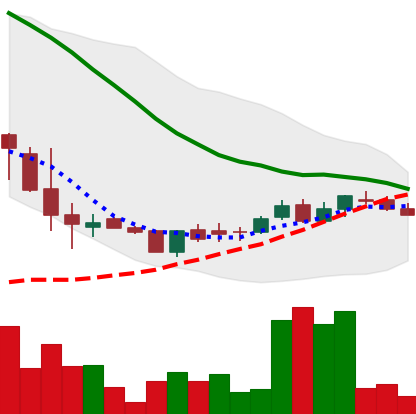
Ticker: DOGE-USD
Chart end date: 2018-06-09
Forward return: -18.063%
Label: down_7plus